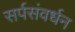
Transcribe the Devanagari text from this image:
सर्पसंवर्धन